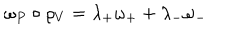
\omega _ { P } \circ \varrho _ { V } = \lambda _ { + } \omega _ { + } + \lambda _ { - } \omega _ { - }